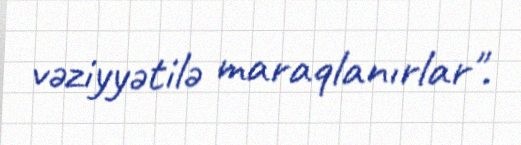
vəziyyətilə maraqlanırlar".